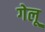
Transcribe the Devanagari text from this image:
गेलू